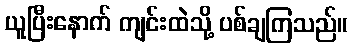
ယူပြီးနောက် ကျင်းထဲသို့ ပစ်ချကြသည်။